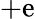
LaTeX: +\mathrm{e}